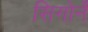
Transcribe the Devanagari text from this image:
सिगोर्ने